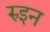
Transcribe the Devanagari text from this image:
रुइन